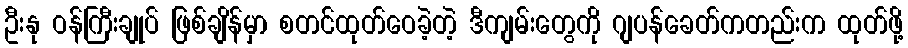
ဦးနု ဝန်ကြီးချုပ် ဖြစ်ချိန်မှာ စတင်ထုတ်ဝေခဲ့တဲ့ ဒီကျမ်းတွေကို ဂျပန်ခေတ်ကတည်းက ထုတ်ဖို့